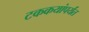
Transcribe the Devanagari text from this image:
टककयांपर्यंत